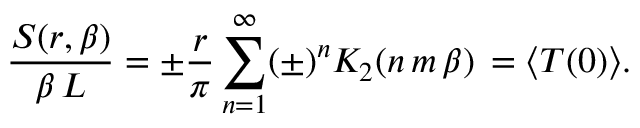
{ \frac { S ( r , \beta ) } { \beta \, L } } = \pm { \frac { r } { \pi } } \sum _ { n = 1 } ^ { \infty } ( \pm ) ^ { n } K _ { 2 } ( n \, m \, \beta ) \nonumber \, = \langle T ( 0 ) \rangle .